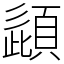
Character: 頿